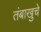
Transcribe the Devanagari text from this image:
तंबाखुचे